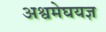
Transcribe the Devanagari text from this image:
अश्वमेघयज्ञ